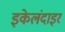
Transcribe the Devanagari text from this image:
इकेलंदाइर